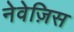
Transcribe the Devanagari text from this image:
नेवेज़िस